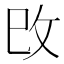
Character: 攺